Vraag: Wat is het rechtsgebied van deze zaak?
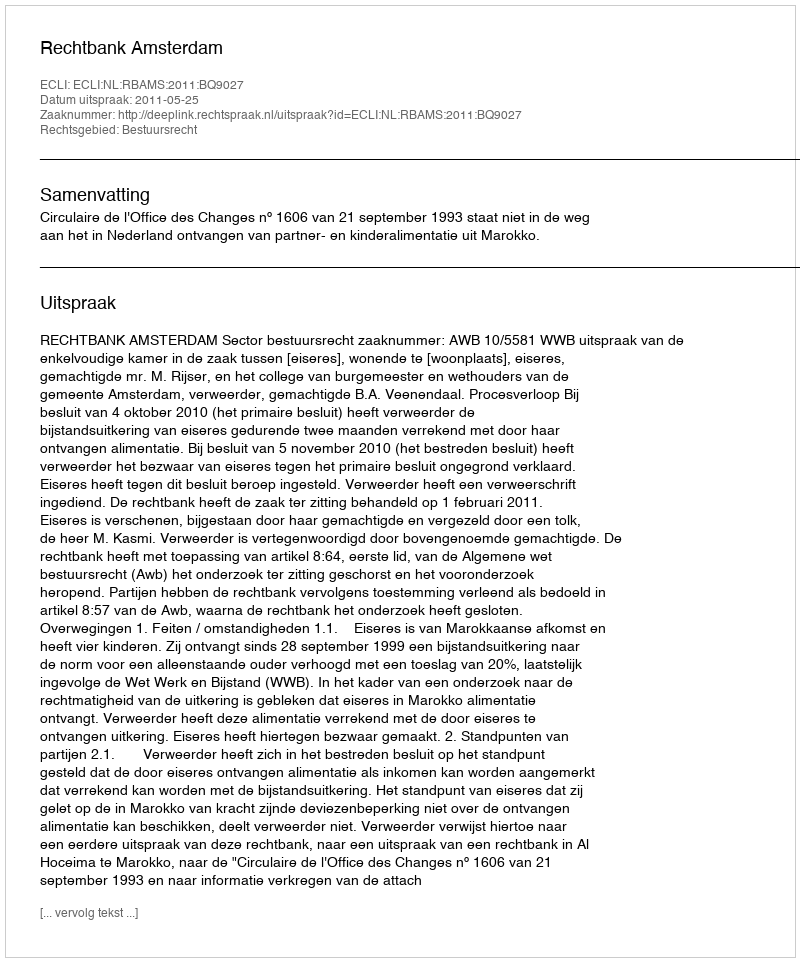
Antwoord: Bestuursrecht